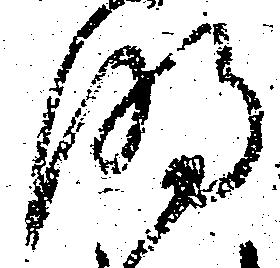
明